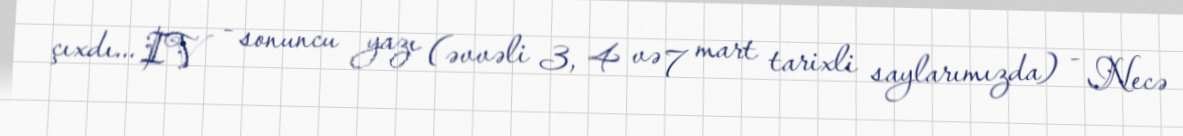
çıxdı... IV - sonuncu yazı (əvvəli 3, 4 və 7 mart tarixli saylarımızda) - Necə